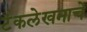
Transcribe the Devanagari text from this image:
टंकलेखनाचे